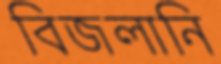
বিজলানি